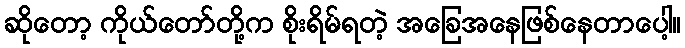
ဆိုတော့ ကိုယ်တော်တို့က စိုးရိမ်ရတဲ့ အခြေအနေဖြစ်နေတာပေါ့။